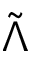
\Tilde { \Lambda }